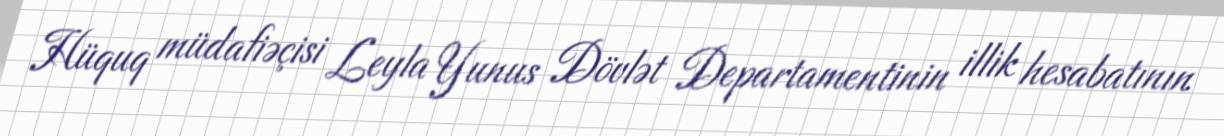
Hüquq müdafiəçisi Leyla Yunus Dövlət Departamentinin illik hesabatının